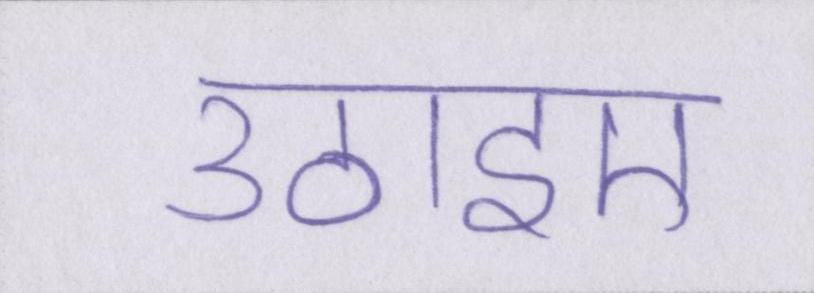
उठाइए